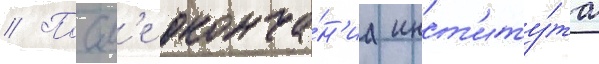
// Посл'е оконча́н'иа инст'иту́та